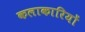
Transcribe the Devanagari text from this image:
कलाकारियों